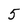
Character: 5